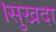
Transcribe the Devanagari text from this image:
।सुखदा